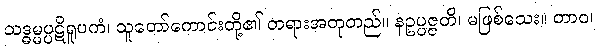
သဒ္ဓမ္မပ္ပဋိရူပကံ၊ သူတော်ကောင်းတို့၏ တရားအတုတည်။ နဥပ္ပဇ္ဇတိ၊ မဖြစ်သေး။ တာဝ၊